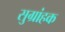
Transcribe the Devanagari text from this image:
सुग्रांहक